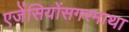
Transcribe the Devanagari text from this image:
एजेंसियोंसगरमाथा